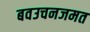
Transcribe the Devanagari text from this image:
बवउचनजमत